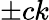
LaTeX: \pm ck